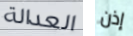
العدالة إذن